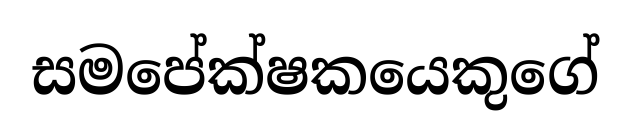
සමපේක්ෂකයෙකුගේ